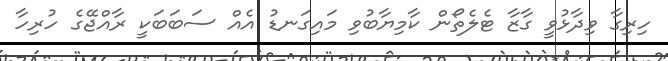
ހިރިގާ ވިދާޅުވީ ގާޒާ ޓެލެތޯން ކާމިޔާބުވި މައިގަނޑު އެއް ސަބަބަކީ ރާއްޖޭގެ ހުރިހާ